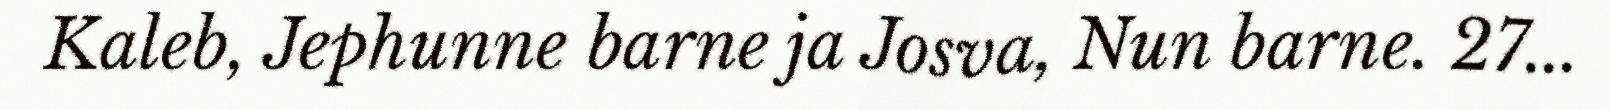
Kaleb, Jephunne barne ja Josva, Nun barne. 27...